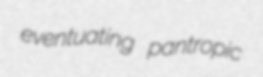
eventuating pantropic